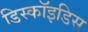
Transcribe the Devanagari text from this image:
डिस्कॉइडिस